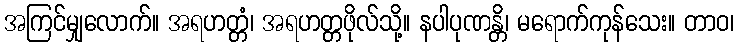
အကြင်မျှလောက်။ အရဟတ္တံ၊ အရဟတ္တဖိုလ်သို့။ နပါပုဏန္တိ၊ မရောက်ကုန်သေး။ တာဝ၊